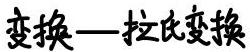
变换—拉氏变换